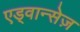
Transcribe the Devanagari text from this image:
एड्वान्सेज़